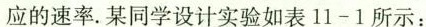
应的速率。某同学设计实验如表11-1所示：